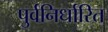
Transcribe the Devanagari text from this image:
पुर्वनिर्धारित